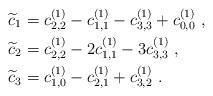
LaTeX: \begin{align*}\widetilde{c}_1&=c^{(1)}_{2,2}-c^{(1)}_{1,1}-c^{(1)}_{3,3}+c^{(1)}_{0,0}\ ,\\\widetilde{c}_2&=c^{(1)}_{2,2}-2c^{(1)}_{1,1}-3c^{(1)}_{3,3}\ ,\\\widetilde{c}_3&=c^{(1)}_{1,0}-c^{(1)}_{2,1}+c^{(1)}_{3,2}\ .\end{align*}